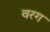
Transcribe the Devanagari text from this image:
वरग